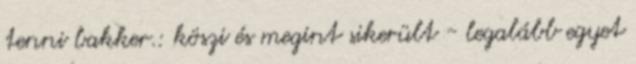
tenni bakker.: köszi és megint sikerült - legalább egyet